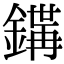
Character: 𨪇